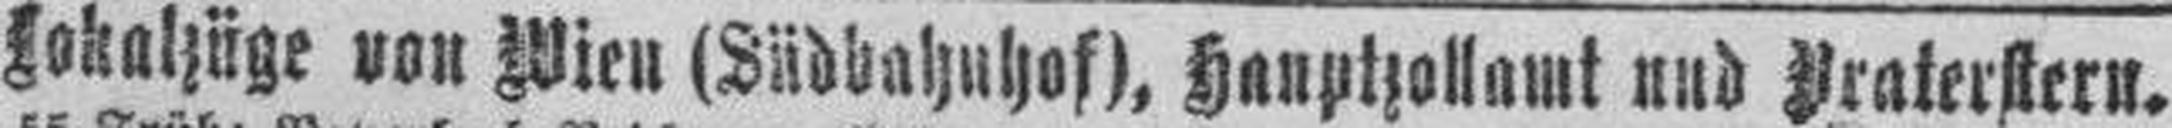
Lokalzüge von Wien (Südbahnhof), Hauptzollamt und Praterstern.